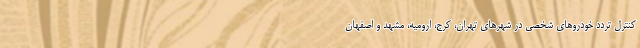
کنترل تردد خودروهای شخصی در شهرهای تهران، کرج، ارومیه، مشهد و اصفهان